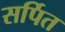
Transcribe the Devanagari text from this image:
सर्पित